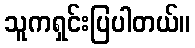
သူကရှင်းပြပါတယ်။